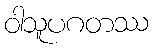
ဝါသူပဂတဿ